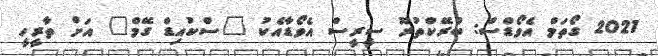
2021 ގޯތަމް އެވޯޑްސް: ބްރޭކްތުރޫ ސީރީސް އެވޯޑާއެކު "ސްކުއިޑް ގޭމް" އަށް ތާރީހީ